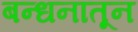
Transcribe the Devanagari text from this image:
बन्धनातून